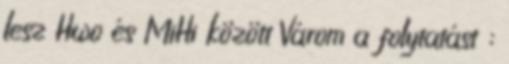
lesz Hwo és MiHi között Várom a folytatást ;